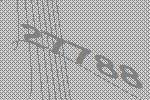
27788